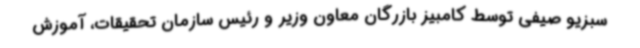
سبزیو صیفی توسط کامبیز بازرگان معاون وزیر و رئیس سازمان تحقیقات، آموزش